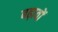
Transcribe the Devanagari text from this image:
बढ़ावों